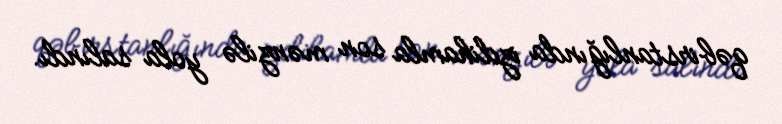
qəbirstanlığında izdihamla son mənzilə yola salındı.